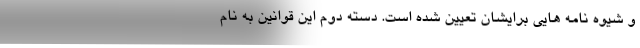
و شیوه نامه هایی برایشان تعیین شده است. دسته دوم این قوانین به نام